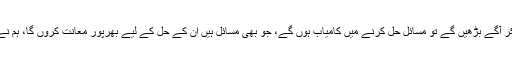
میئر کراچی وسیم اختر کا کہنا تھا کہ مل کر آگے بڑھیں گے تو مسائل حل کرنے میں کامیاب ہوں گے، جو بھی مسائل ہیں ان کے حل کے لیے بھرپور معانت کروں گا، ہم نے آگے بڑھنا ہے تاکہ عوام کو ریلیف ملے۔